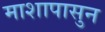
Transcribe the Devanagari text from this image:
माशापासुन